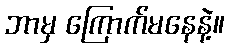
ဘာမှ ကြောက်မနေနဲ့။